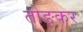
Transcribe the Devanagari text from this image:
तोङकर